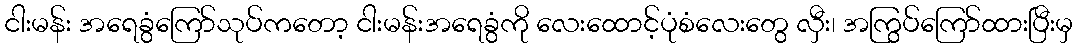
ငါးမန်း အရေခွံကြော်သုပ်ကတော့ ငါးမန်းအရေခွံကို လေးထောင့်ပုံစံလေးတွေ လှီး၊ အကြွပ်ကြော်ထားပြီးမှ